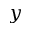
y